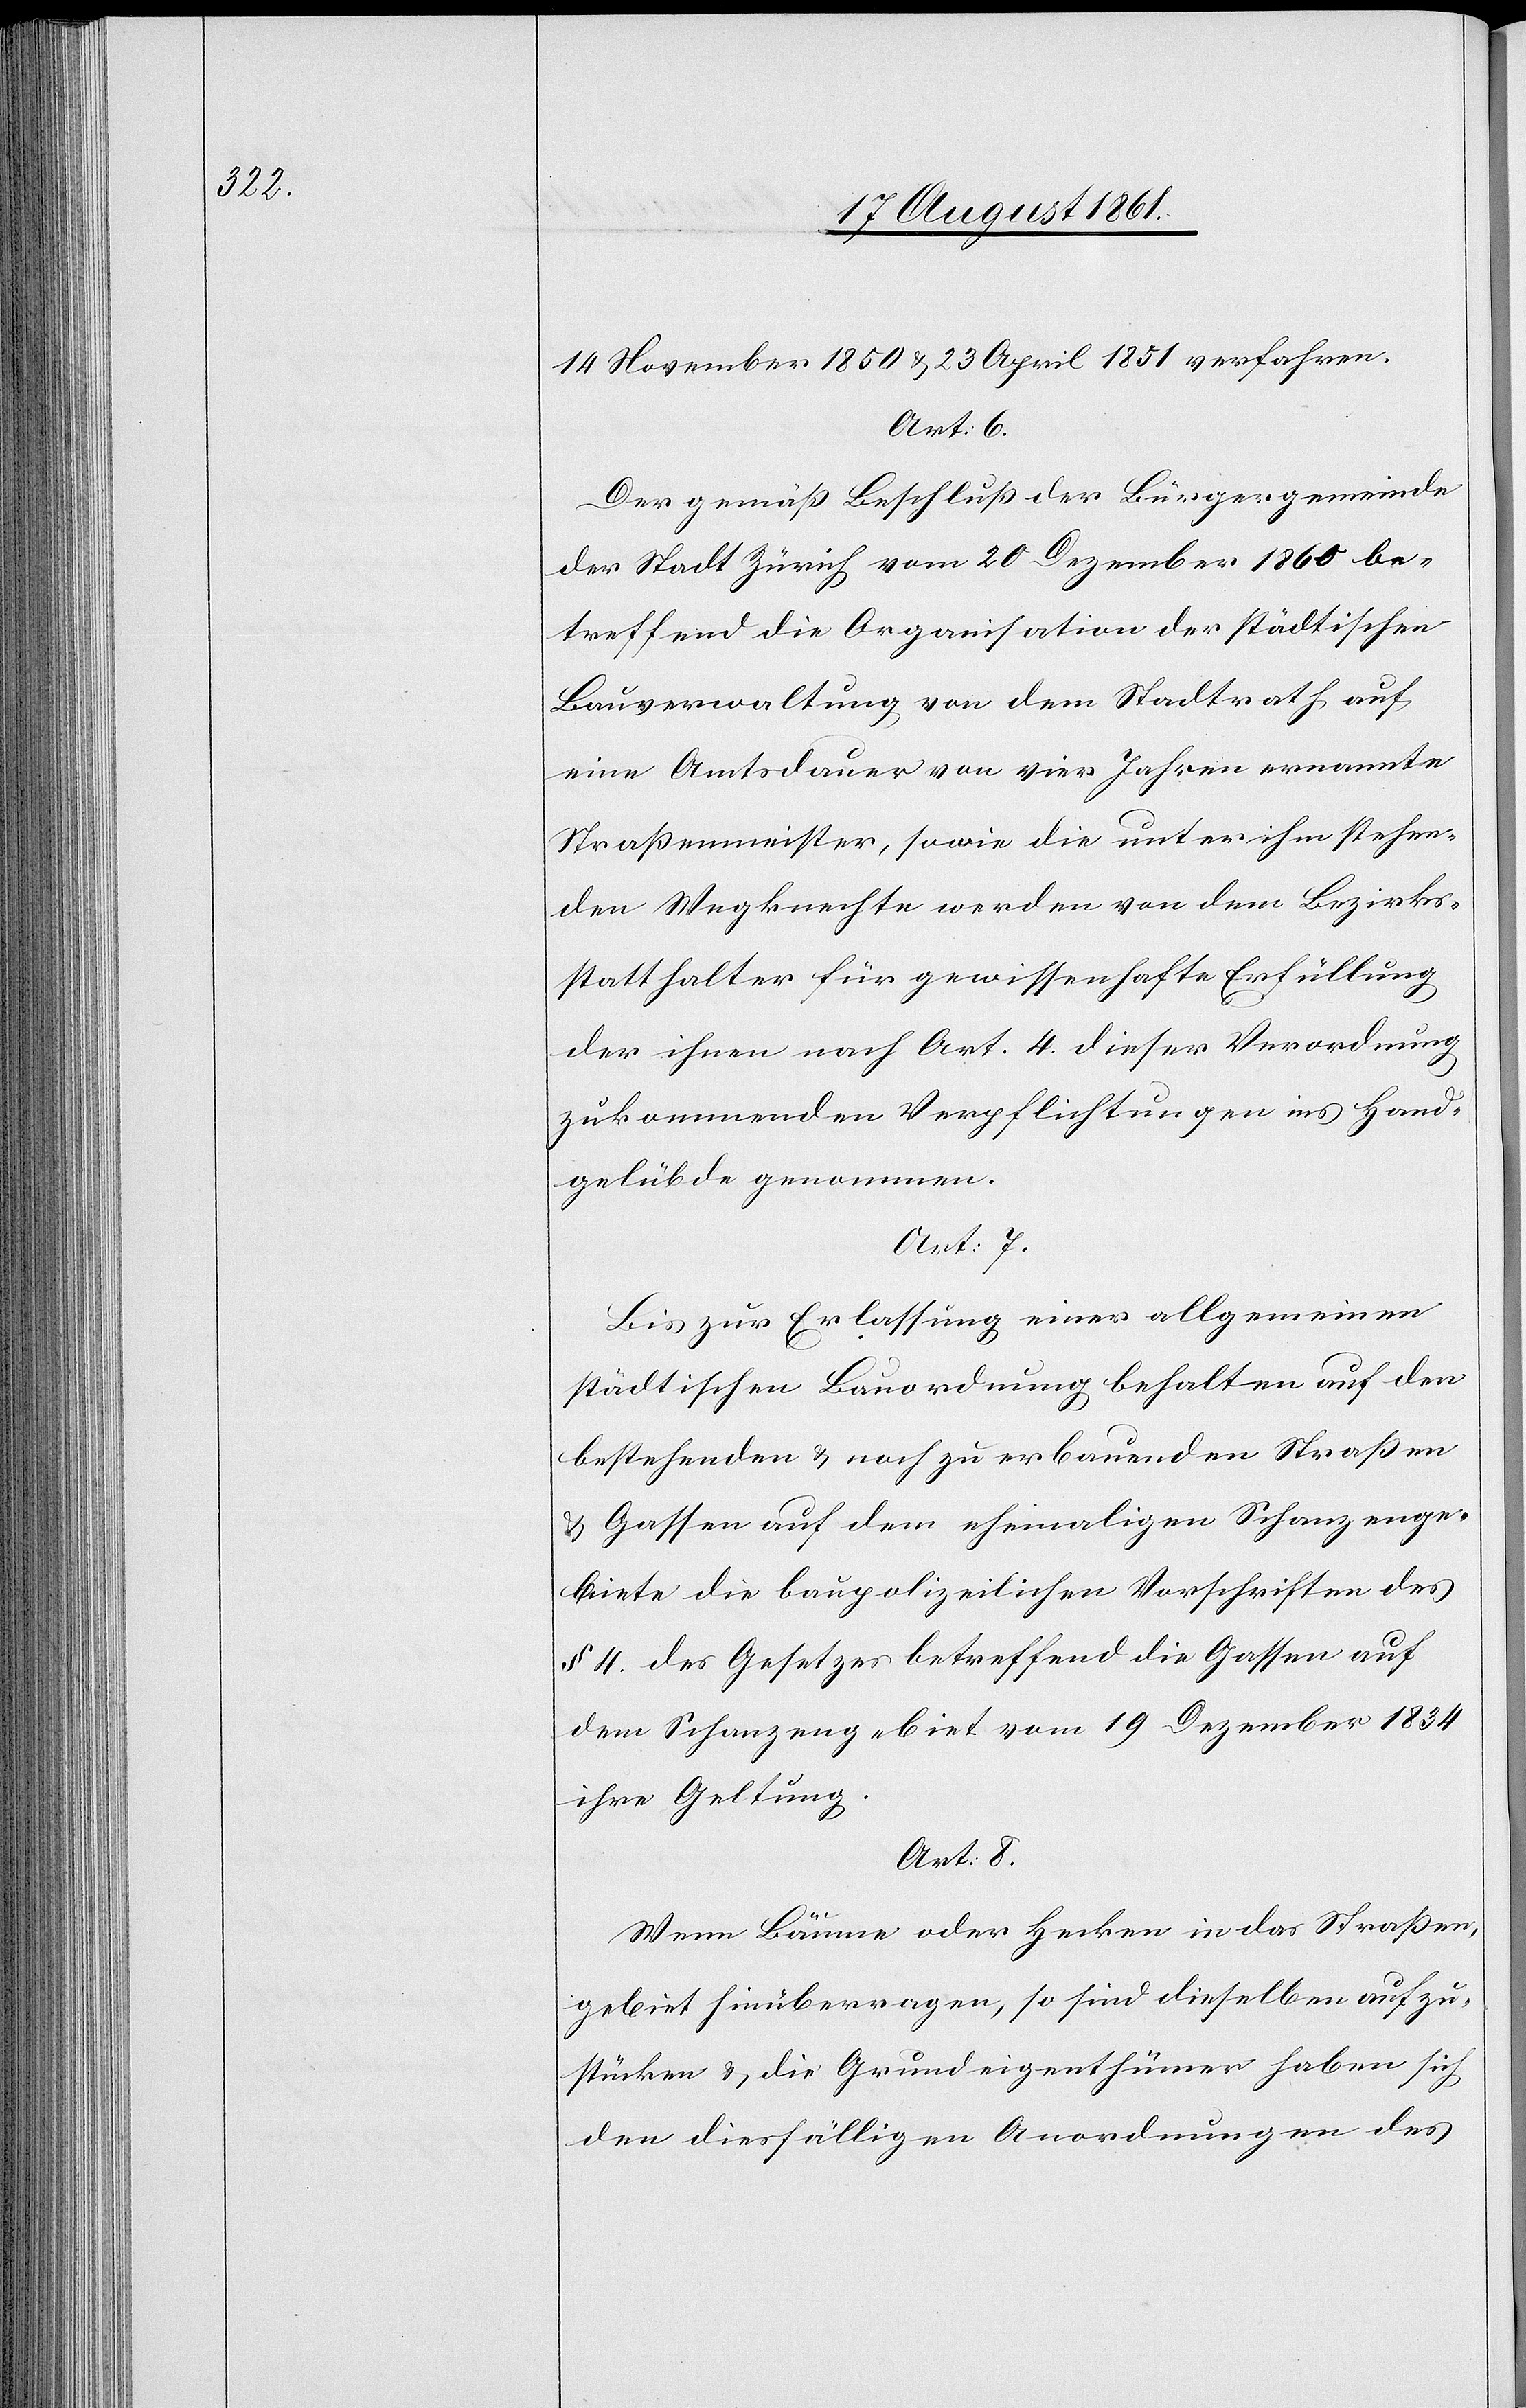
14 November 1850 u. 23 April 1851 verfahren.
Art. 6.
Der gemäß Beschluß der Bürgergemeinde
der Stadt Zürich vom 20 Dezember 1860 be¬
treffend die Organisation der städtischen
Bauverwaltung von dem Stadtrath auf
eine Amtdauer von vier Jahren ernannte
Straßenmeister, sowie die unter ihm stehen¬
den Wegknechte werden von dem Bezirks¬
statthalter für gewissenhafte Erfüllung
der ihnen nach Art. 4 dieser Verordnung
zukommenden Verpflichtungen ins Hand¬
gelübde genommen.
Art. 7.
Bis zur Erlassung einer allgemeinen
städtischen Bauordnung behalten auf den
bestehenden u. noch zu erbauenden Straßen
u. Gassen auf dem ehemaligen Schanzenge¬
biete die baupolizeilichen Vorschriften des
§ 4. des Gesetzes betreffend die Gassen auf
dem Schanzengebiet vom 19 Dezember 1834
ihre Geltung.
Art. 8.
Wenn Bäume oder Hecken in das Straßen¬
gebiet hinüberragen, so sind dieselben aufzu¬
stücken u. die Grundeigenthümer haben sich
den diesfälligen Anordnungen des